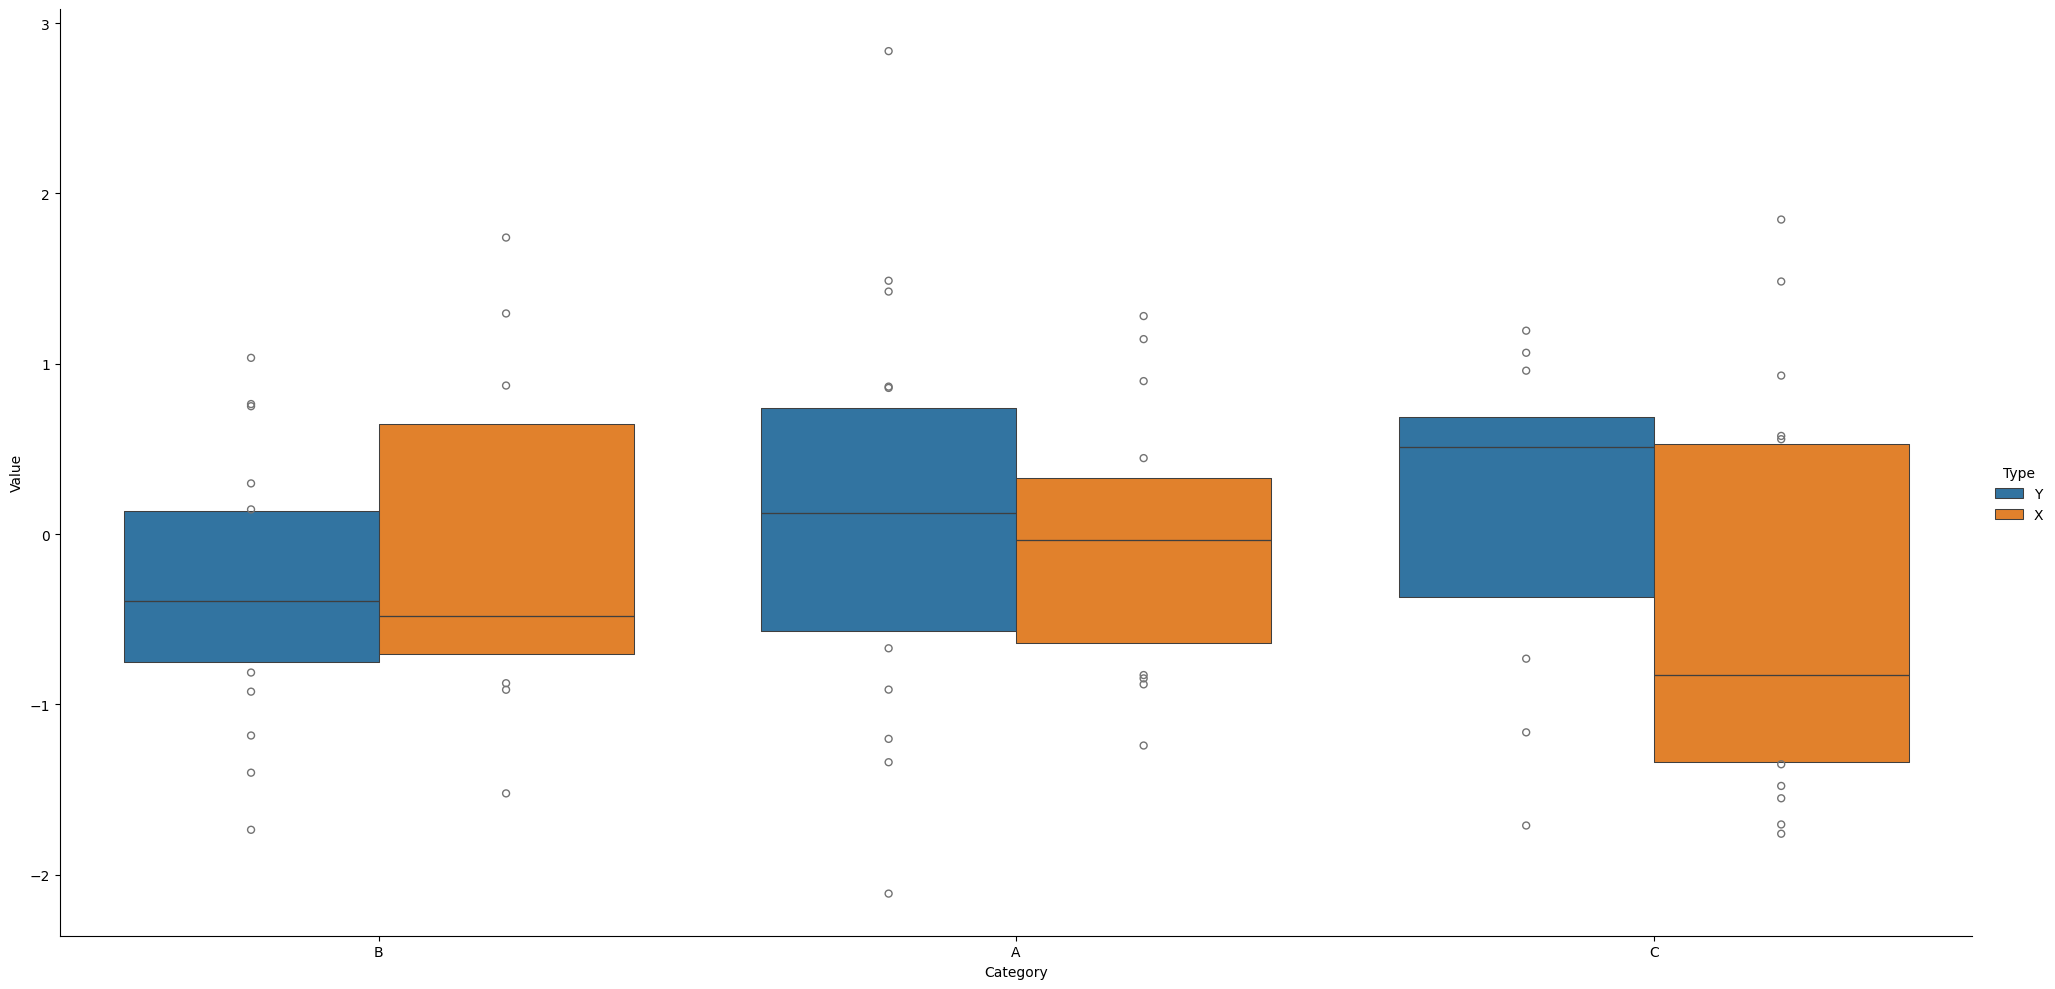
python, seaborn, catplot, kind='boxen', height=10, aspect=2